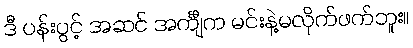
ဒီ ပန်းပွင့် အဆင် အင်္ကျီက မင်းနဲ့မလိုက်ဖက်ဘူး။